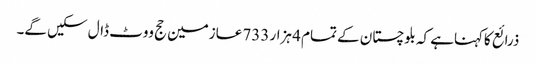
ذرائع کاکہناہے کہ بلوچستان کے تمام 4 ہزار 733 عازمین حج ووٹ ڈال سکیں گے۔